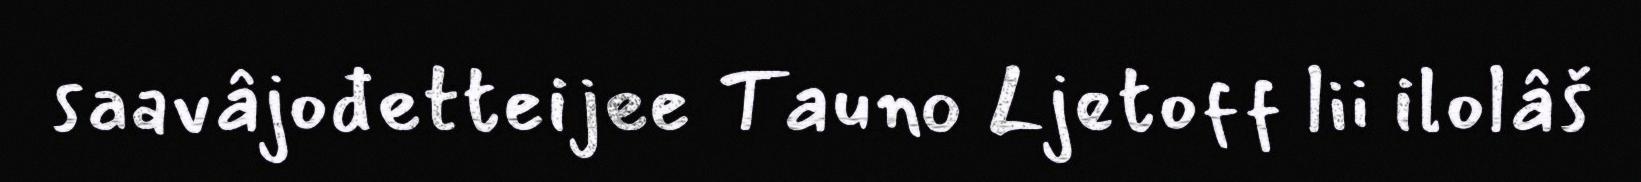
saavâjođetteijee Tauno Ljetoff lii ilolâš